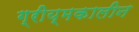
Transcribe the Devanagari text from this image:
ग्रीय्मकालीन